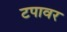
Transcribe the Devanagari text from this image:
टपावर